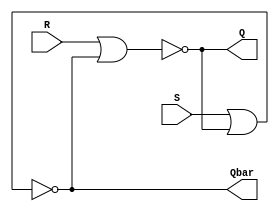
`timescale 1ns / 1ps
//////////////////////////////////////////////////////////////////////////////////
// Company: 
// Engineer: 
// 
// Design Name: 
// Module Name: sr_latch
// Project Name: 
// Target Devices: 
// Tool Versions: 
// Description: 
// 
// Dependencies: 
// 
// Revision:
// Revision 0.01 - File Created
// Additional Comments:
// 
//////////////////////////////////////////////////////////////////////////////////


module sr_latch(input S,input R,output Q,output Qbar);
    nor #1 N1(Q,R,Qbar);
    nor #1 N2(Qbar, S, Q);
endmodule